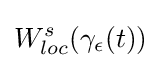
W_{loc}^{s}(\gamma _{\epsilon }(t))